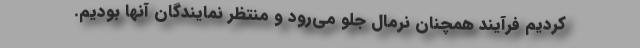
کردیم فرآیند همچنان نرمال جلو می‌رود و منتظر نمایندگان آنها بودیم.